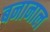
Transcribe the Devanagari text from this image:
बनानाल